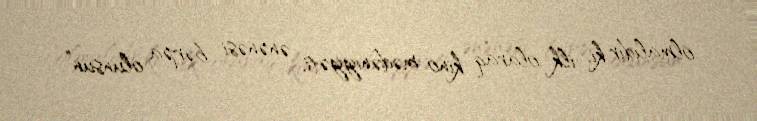
olmalıdır ki, ilk olaraq kino mədəniyyəti, ənənəsi bərpa olunsun”.